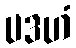
ပဒဟံ